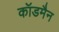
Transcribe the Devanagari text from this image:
कॉडमैन